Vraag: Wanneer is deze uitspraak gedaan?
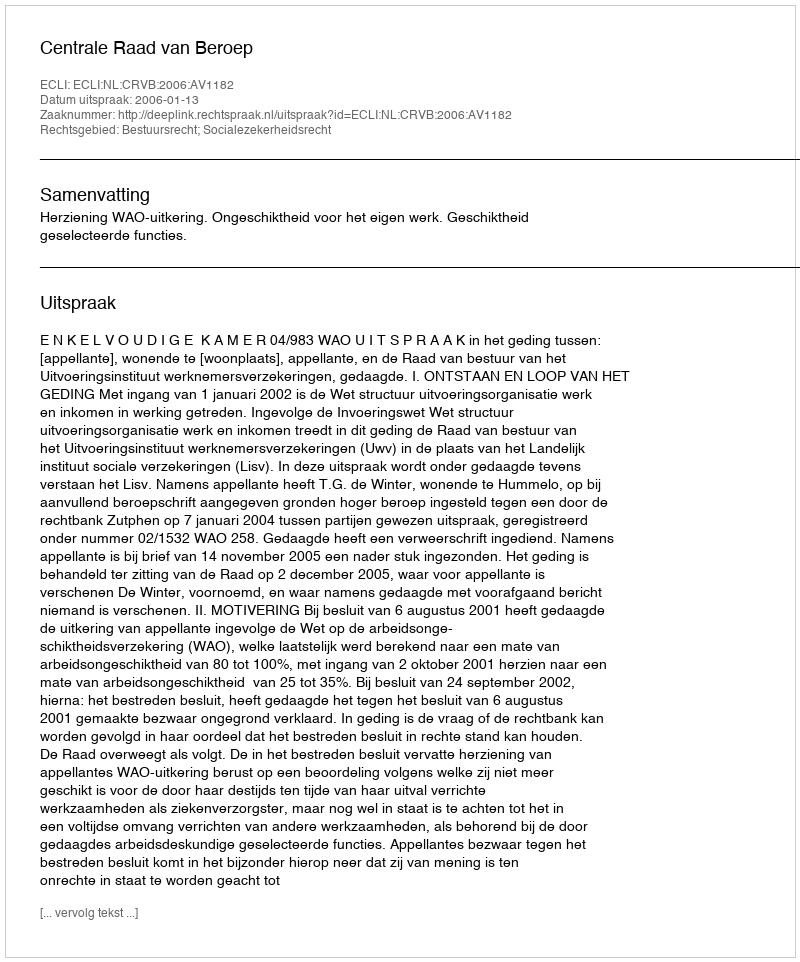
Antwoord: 2006-01-13